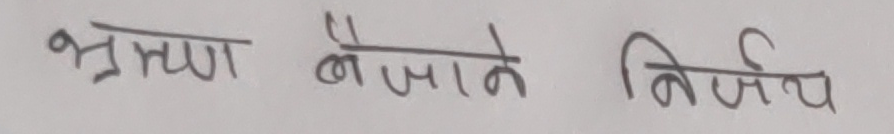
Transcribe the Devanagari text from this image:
भ्रामण बौजाने निर्णय